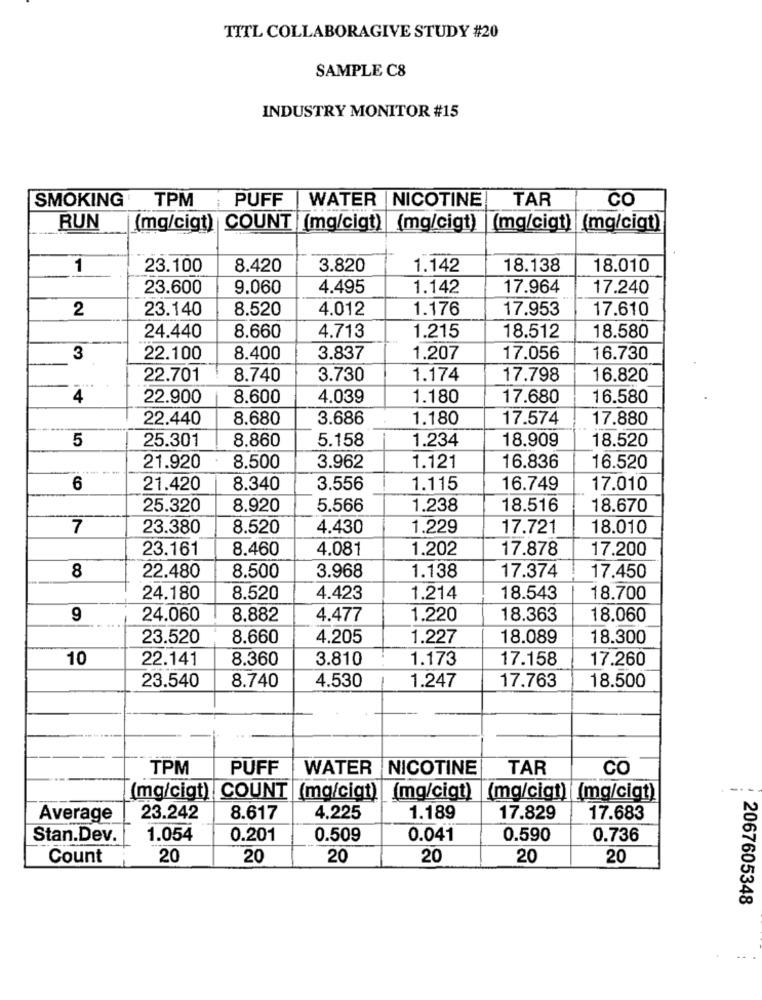
TITL COLLABORAGIVE STUDY #20
SAMPLE C8
INDUSTRY MONITOR #15
SMOKING
TPM
PUFF
WATER | NICOTINE
TAR
CO
RUN
(mg/cigt) COUNT (mg/cigt) (mg/cigt) (mg/cigt) (mg/cigt)
1
23.100
8.420
3.820
1.142
18.138
18.010
23.600
9.060
4.495
1.142
17.964
17.240
2
23.140
8.520
4.012
1.176
17.953
17.610
24.440
8.660
4.713
1.215
18.512
18.580
3
22.100
8.400
3.837
1.207
17.056
16.730
22.701
8.740
3.730
1.174
17.798
16.820
4
22.900
8.600
4.039
1.180
17.680
16.580
22.440
8,680
3.686
1.180
17.574
17.880
5
25.301
8.860
5.158
1.234
18.909
18.520
21.920
8.500
3.962
1.121
16.836
16.520
6
21.420
8.340
3.556
1.115
16.749
17.010
25.320
8.920
5.566
1.238
18.516
18.670
7
23.380
8.520
4.430
1.229
17.721
18.010
23.161
8.460
4.081
1.202
17.878
17.200
8
8.500
3.968
1.138
22.480
17.374
17.450
24.180
8.520
4.423
1.214
18.543
18.700
9
24.060
8,882
4.477
1.220
18.363
18.060
23.520
8.660
4.205
1.227
18.089
18.300
10
22.141
8.360
3.810
1.173
17.158
17.260
23.540
8.740
4.530
1.247
17.763
18.500
TPM
PUFF
WATER
NICOTINE
TAR
CO
(mg/cigt) COUNT (mg/cigt) (mg/cigt)
[(mg/cigt) (mg/cigt)
Average
23.242
8.617
4.225
1.189
17.829
17.683
Stan.Dev.
1.054
0.201
0.509
0.041
0.590
0.736
Count
20
20
20
20
20
20
2067605348